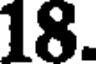
18.